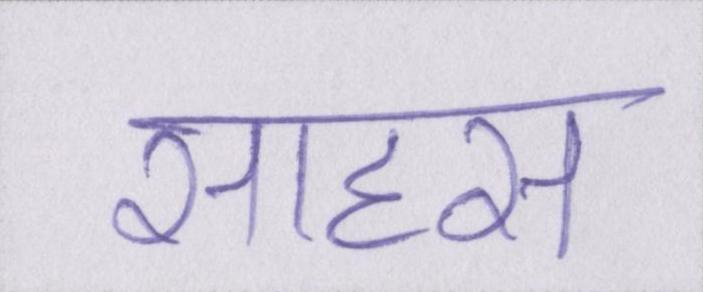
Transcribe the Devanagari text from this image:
साहस